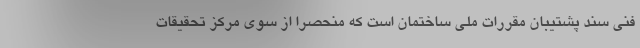
فنی سند پشتیبان مقررات ملی ساختمان است که منحصراً از سوی مرکز تحقیقات